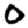
Digit: 0